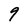
Character: 9